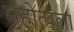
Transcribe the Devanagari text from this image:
महोत्पला